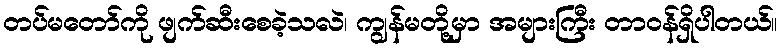
တပ်မတော်ကို ဖျက်ဆီးစေခဲ့သလဲ၊ ကျွန်မတို့မှာ အများကြီး တာဝန်ရှိပါတယ်။